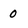
Character: 0